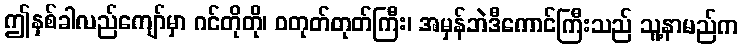
ဤနှစ်ခါလည်ကျော်မှာ ဂင်တိုတို၊ ဝတုတ်တုတ်ကြီး၊ အမှန်ဘဲဒီကောင်ကြီးသည် သူ့နာမည်က